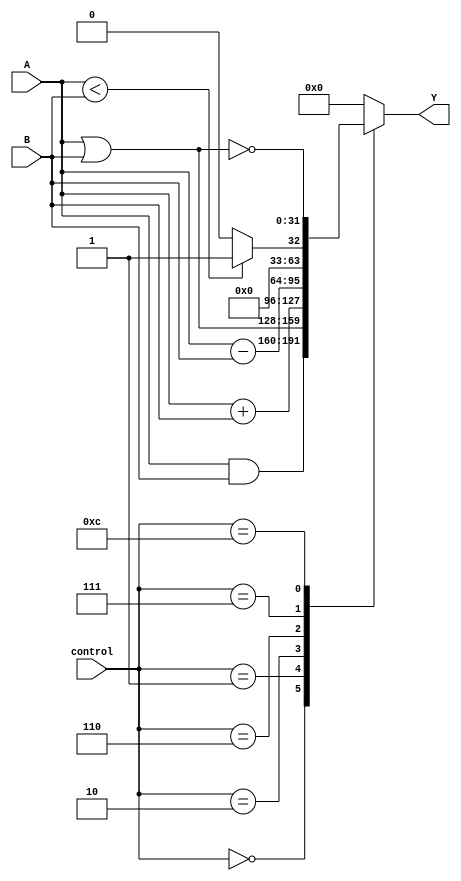
// ECE 5440/6370 
// ALU 
// Logic unit for two thirty two bit inputs 
// 

// Inputs:
//      A [31:0]: Input A
//      B [31:0]: Input B
//      control [3:0]: Selects the operation -
//                     4'b0000: AND
//                     4'b0001: OR
//                     4'b0010: add
//                     4'b0110: subtract
//                     4'b0111: set on less than
//                     4'b1100: NOR
//                     default: 0
//
// Outputs:
//      Y [31:0]: Equal to A control B

module alu(
                  input [31:0] A,
                  input [31:0] B,
                  input [3:0] control,
                  output reg [31:0] Y);

    always @(A, B, control)
    begin
        case(control)
            4'b0000:
            begin
                Y = A & B;
            end

            4'b0001:
            begin
                Y = A | B;
            end

            4'b0010:
            begin
                Y = A + B;
            end

            4'b0110:
            begin
                Y = A - B;
            end

            4'b0111:
            begin
                Y = (A < B) ? 1 : 0;
            end

            4'b1100:
            begin
                Y = ~(A | B);
            end

            default:
            begin
                Y = 32'h00000000;
            end
        endcase
    end
endmodule